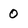
Character: 0